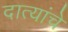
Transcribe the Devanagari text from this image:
दात्यांचे